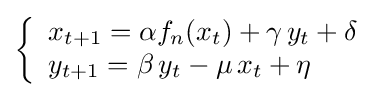
{\begin{aligned}{\left\{{\begin{array}{ll}x_{t+1}=\alpha f_{n}(x_{t})+\gamma \,y_{t}+\delta \\y_{t+1}=\beta \,y_{t}-\mu \,x_{t}+\eta \end{array}}\right.}\end{aligned}}